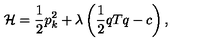
{ \cal { H } } = \frac 1 2 p _ { k } ^ { 2 } + \lambda \left( \frac 1 2 q T q - c \right) ,